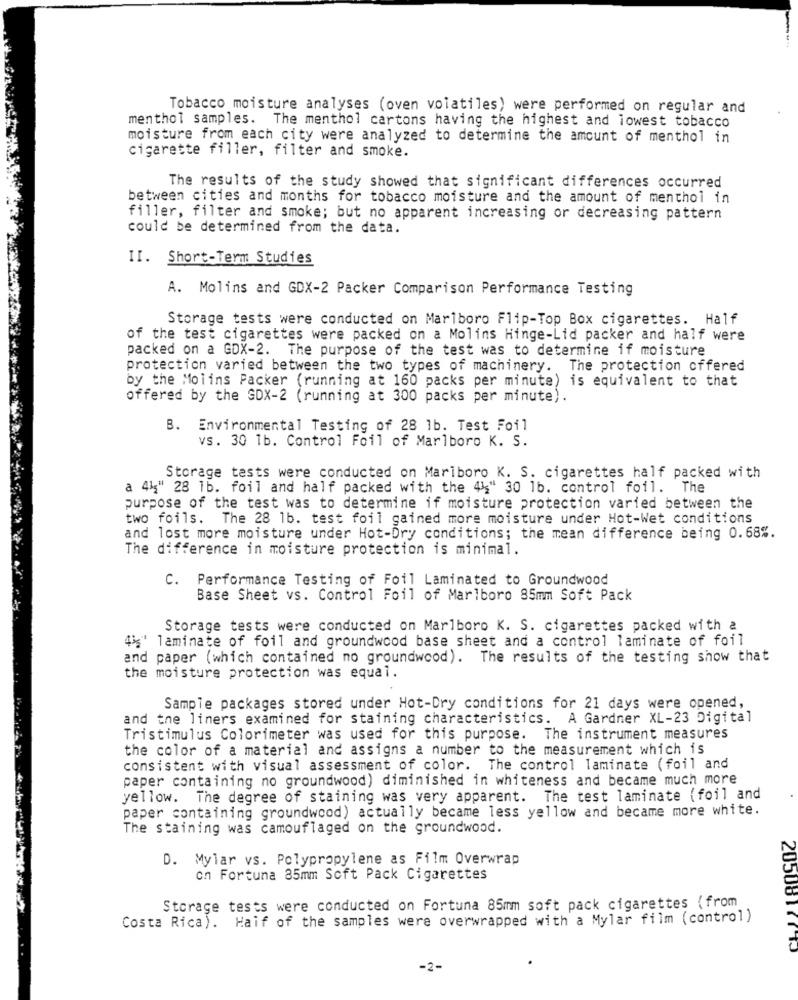
Tobacco moisture analyses (oven volatiles) were performed on regular and
menthol samples. The menthol cartons having the highest and lowest tobacco
moisture from each city were analyzed to determine the amount of menthol in
cigarette filler, filter and smoke.
The results of the study showed that significant differences occurred
between cities and months for tobacco moisture and the amount of menthol in
filler, filter and smoke; but no apparent increasing or decreasing pattern
could be determined from the data.
II. Short-Term Studies
A. Molins and GDX-2 Packer Comparison Performance Testing
Storage tests were conducted on Marlboro Flip-Top Box cigarettes. Half
of the test cigarettes were packed on a Molins Hinge-Lid packer and half were
packed on a GDX-2. The purpose of the test was to determine if moisture
protection varied between the two types of machinery. The protection offered
by the Molins Packer (running at 160 packs per minute) is equivalent to that
offered by the GDX-2 (running at 300 packs per minute).
B. Environmental Testing of 28 1b. Test Foil
vs. 30 1b. Control Foil of Marlboro K. S.
Storage tests were conducted on Marlboro K. S. cigarettes half packed with
a 41" 28 1b. foil and half packed with the 44" 30 1b. control foil. The
purpose of the test was to determine if moisture protection varied between the
two foils. The 28 1b. test foil gained more moisture under Hot-Wet conditions
and lost more moisture under Hot-Dry conditions; the mean difference being 0.68%.
The difference in moisture protection is minimal.
C. Performance Testing of Foil Laminated to Groundwood
Base Sheet vs. Control Foil of Marlboro 85mm Soft Pack
Storage tests were conducted on Marlboro K. S. cigarettes packed with a
4%' laminate of foil and groundwood base sheet and a control laminate of foil
and paper (which contained no groundwood). The results of the testing show that
the moisture protection was equal.
Sample packages stored under Hot-Dry conditions for 21 days were opened,
and the liners examined for staining characteristics.
A Gardner XL-23 Digital
Tristimulus Colorimeter was used for this purpose.
The instrument measures
the color of a material and assigns a number to the measurement which is
consistent with visual assessment of color. The control laminate (foil and
paper containing no groundwood) diminished in whiteness and became much more
yellow. The degree of staining was very apparent. The test laminate (foil and
paper containing groundwood) actually became less yellow and became more white.
The staining was camouflaged on the groundwood.
D. Mylar vs. Polypropylene as Film Overwrap
on Fortuna 85mm Soft Pack Cigarettes
Storage tests were conducted on Fortuna 85mm soft pack cigarettes (from
Costa Rica). Haif of the samples were overwrapped with a Mylar film (control)
2050877710
-2-